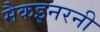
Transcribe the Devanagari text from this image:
मैकइनरनी